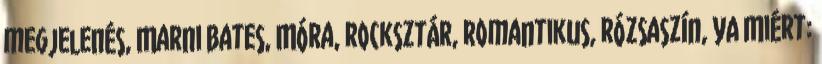
megjelenés, Marni Bates, Móra, rocksztár, romantikus, rózsaszín, YA Miért: